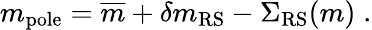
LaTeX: m_{\mathrm{pole}}=\overline{{{m}}}+\delta m_{\mathrm{RS}}-\Sigma_{\mathrm{RS}}(m)\; .